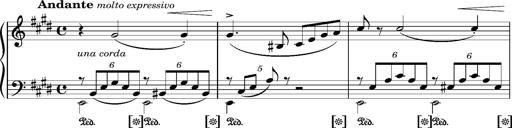
Title: Album-Leaf 'Andante molto expressivo'
Composer: Franz Liszt
Key: G-sharp minor